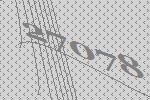
27078